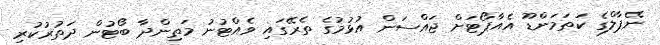
ނޭޕާލްގެ ކަތަމަންޑޫ އެއާޕޯޓަށް ޖައްސަން އުޅުމުގެ ތެރޭގައި ވެއްޓުނު މަތިންދާ ބޯޓުން ދަތުރުކުރި